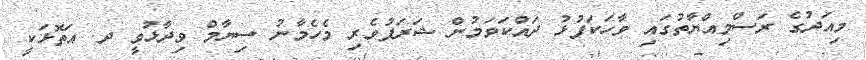
މިއަދުގެ ރަސްމިއްޔާތުގައި ވާހަކަފުޅު ދައްކަވަމުން ޝަރަފުވެރި މެހެމާނު ސިޔާމް ވިދާޅުވީ ދ. އަތޮޅަކީ